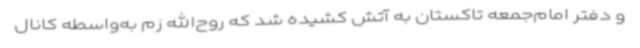
و دفتر امام‌جمعه تاکستان به آتش کشیده شد که روح‌الله زم به‌واسطه کانال